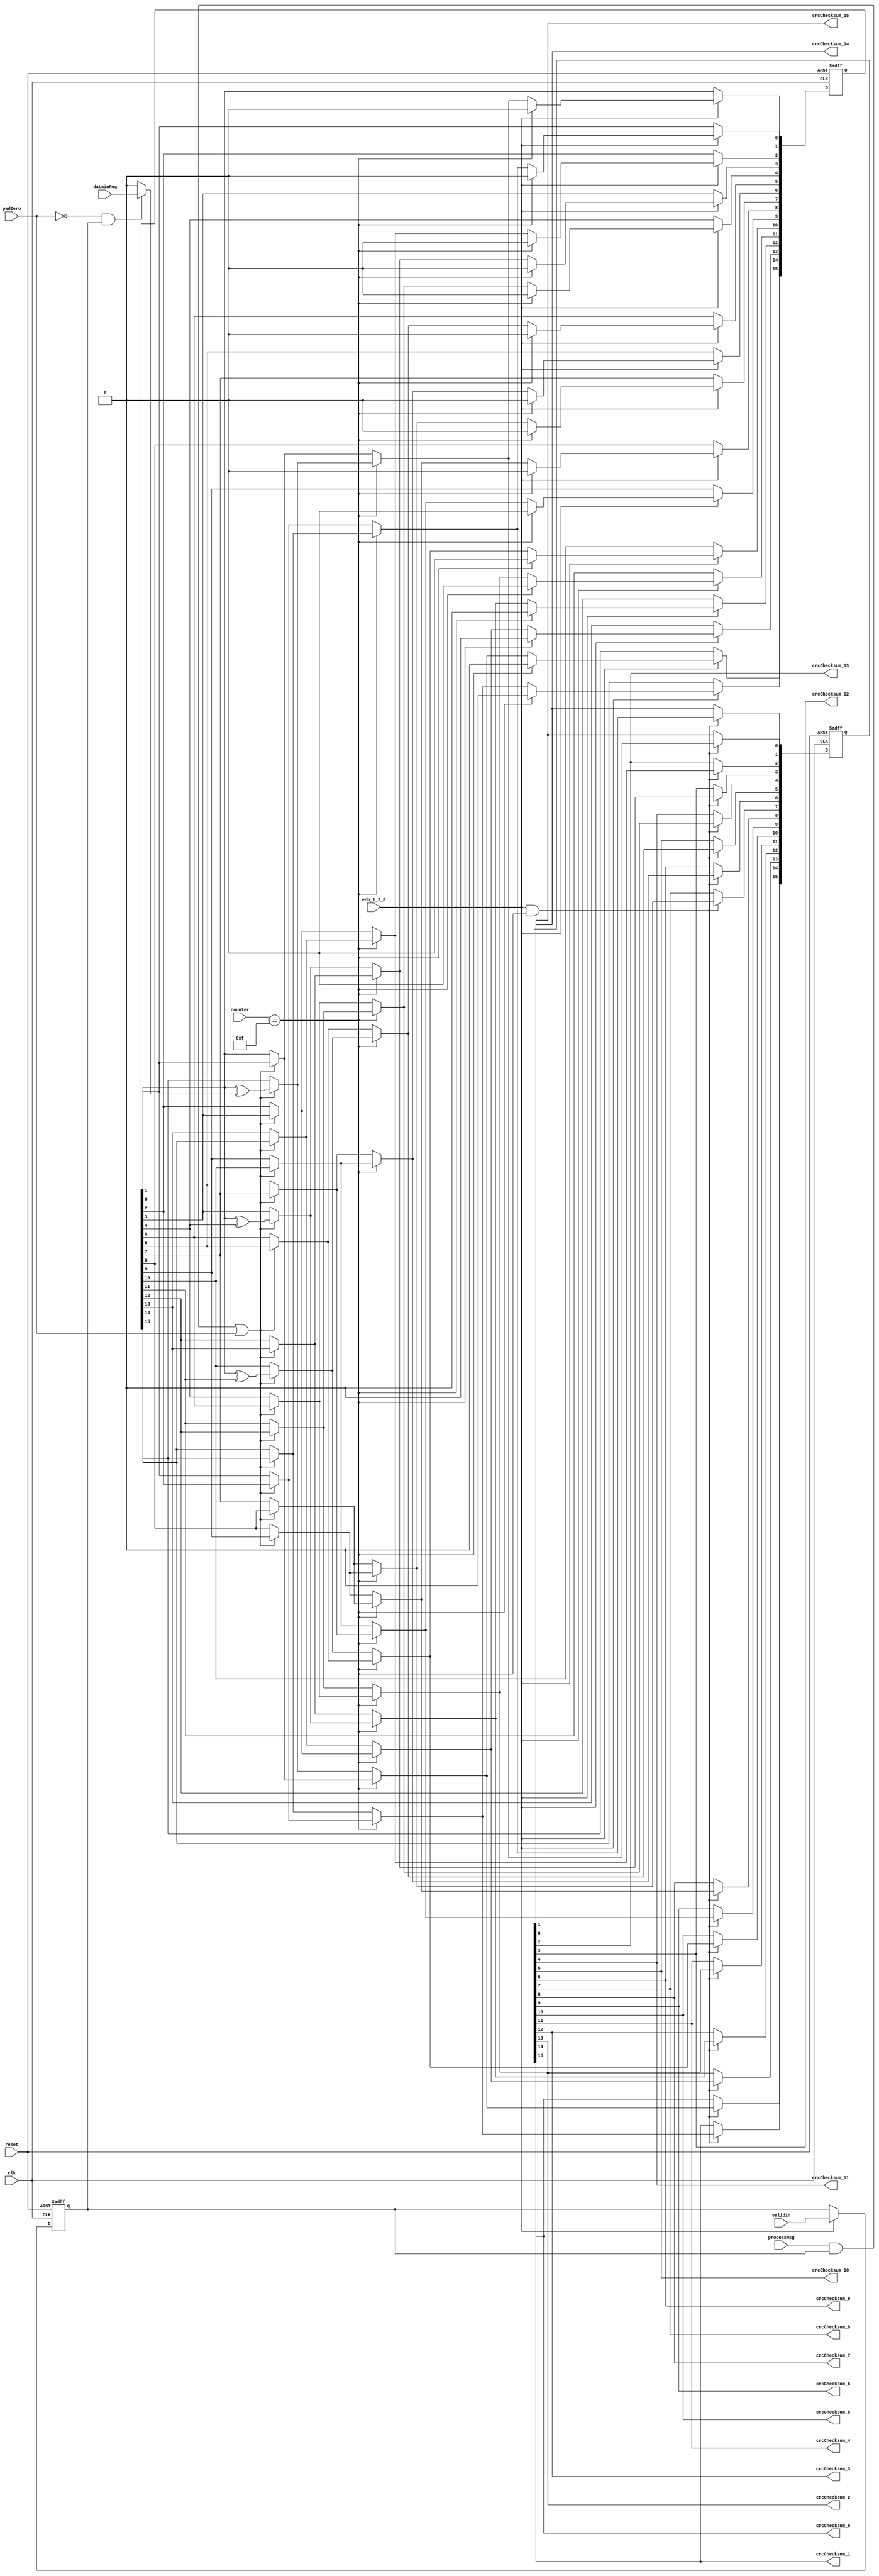
// -------------------------------------------------------------
// 
// 
// Generated by MATLAB 9.13 and HDL Coder 4.0
// 
// -------------------------------------------------------------


// -------------------------------------------------------------
// 
// Module: whdlOFDMTx_CRCGenCompute_block
// Source Path: whdlOFDMTx/Frame Generator/Header/General CRC Generator HDL Optimized/CRCGenCompute
// Hierarchy Level: 5
// 
// Compute the CRC CheckSum
// 
// -------------------------------------------------------------

`timescale 1 ns / 1 ns

module whdlOFDMTx_CRCGenCompute_block
          (clk,
           reset,
           enb_1_2_0,
           datainReg,
           validIn,
           processMsg,
           padZero,
           counter,
           crcChecksum_0,
           crcChecksum_1,
           crcChecksum_2,
           crcChecksum_3,
           crcChecksum_4,
           crcChecksum_5,
           crcChecksum_6,
           crcChecksum_7,
           crcChecksum_8,
           crcChecksum_9,
           crcChecksum_10,
           crcChecksum_11,
           crcChecksum_12,
           crcChecksum_13,
           crcChecksum_14,
           crcChecksum_15);


  input   clk;
  input   reset;
  input   enb_1_2_0;
  input   datainReg;  // ufix1
  input   validIn;  // ufix1
  input   processMsg;  // ufix1
  input   padZero;  // ufix1
  input   [3:0] counter;  // ufix4
  output  crcChecksum_0;  // ufix1
  output  crcChecksum_1;  // ufix1
  output  crcChecksum_2;  // ufix1
  output  crcChecksum_3;  // ufix1
  output  crcChecksum_4;  // ufix1
  output  crcChecksum_5;  // ufix1
  output  crcChecksum_6;  // ufix1
  output  crcChecksum_7;  // ufix1
  output  crcChecksum_8;  // ufix1
  output  crcChecksum_9;  // ufix1
  output  crcChecksum_10;  // ufix1
  output  crcChecksum_11;  // ufix1
  output  crcChecksum_12;  // ufix1
  output  crcChecksum_13;  // ufix1
  output  crcChecksum_14;  // ufix1
  output  crcChecksum_15;  // ufix1


  wire xoredSel;  // ufix1
  reg  dvalidin;  // ufix1
  wire tcsSel;  // ufix1
  wire csSel;  // ufix1
  wire rpadZero;  // ufix1
  wire dataSel;  // ufix1
  wire [0:15] padingzeros;  // ufix1 [16]
  wire [0:14] inputzeros;  // ufix1 [15]
  wire [0:15] datamux;  // ufix1 [16]
  wire [0:15] datacpt;  // ufix1 [16]
  wire datacpt_15;  // ufix1
  wire datacpt_14;  // ufix1
  wire datacpt_13;  // ufix1
  wire datacpt_12;  // ufix1
  wire datacpt_11;  // ufix1
  wire datacpt_10;  // ufix1
  wire datacpt_9;  // ufix1
  wire datacpt_8;  // ufix1
  wire datacpt_7;  // ufix1
  wire datacpt_6;  // ufix1
  wire datacpt_5;  // ufix1
  wire datacpt_4;  // ufix1
  wire datacpt_3;  // ufix1
  wire datacpt_2;  // ufix1
  wire datacpt_1;  // ufix1
  wire datacpt_0;  // ufix1
  wire [0:15] finalXorValue;  // ufix1 [16]
  wire finalXorValue_0;  // ufix1
  wire finalXorValue_1;  // ufix1
  wire finalXorValue_2;  // ufix1
  wire finalXorValue_3;  // ufix1
  wire finalXorValue_4;  // ufix1
  wire finalXorValue_5;  // ufix1
  wire finalXorValue_6;  // ufix1
  wire finalXorValue_7;  // ufix1
  wire finalXorValue_8;  // ufix1
  wire finalXorValue_9;  // ufix1
  wire finalXorValue_10;  // ufix1
  wire finalXorValue_11;  // ufix1
  wire finalXorValue_12;  // ufix1
  wire finalXorValue_13;  // ufix1
  wire finalXorValue_14;  // ufix1
  wire finalXorValue_15;  // ufix1
  wire [0:15] newChecksum;  // ufix1 [16]
  wire newChecksum_0;  // ufix1
  wire refelctCheckSum_15;  // ufix1
  wire newChecksum_1;  // ufix1
  wire refelctCheckSum_14;  // ufix1
  wire newChecksum_2;  // ufix1
  wire refelctCheckSum_13;  // ufix1
  wire newChecksum_3;  // ufix1
  wire refelctCheckSum_12;  // ufix1
  wire newChecksum_4;  // ufix1
  wire refelctCheckSum_11;  // ufix1
  wire newChecksum_5;  // ufix1
  wire refelctCheckSum_10;  // ufix1
  wire newChecksum_6;  // ufix1
  wire refelctCheckSum_9;  // ufix1
  wire newChecksum_7;  // ufix1
  wire refelctCheckSum_8;  // ufix1
  wire newChecksum_8;  // ufix1
  wire refelctCheckSum_7;  // ufix1
  wire newChecksum_9;  // ufix1
  wire refelctCheckSum_6;  // ufix1
  wire newChecksum_10;  // ufix1
  wire refelctCheckSum_5;  // ufix1
  wire newChecksum_11;  // ufix1
  wire refelctCheckSum_4;  // ufix1
  wire newChecksum_12;  // ufix1
  wire refelctCheckSum_3;  // ufix1
  wire newChecksum_13;  // ufix1
  wire refelctCheckSum_2;  // ufix1
  wire newChecksum_14;  // ufix1
  wire refelctCheckSum_1;  // ufix1
  wire newChecksum_15;  // ufix1
  wire refelctCheckSum_0;  // ufix1
  wire [0:15] xoredChecksum;  // ufix1 [16]
  reg  [0:15] checksumReg;  // ufix1 [16]
  wire checksumReg_14;  // ufix1
  wire tcs_entry15;  // ufix1
  wire checksumReg_13;  // ufix1
  wire tcs_entry14;  // ufix1
  wire checksumReg_12;  // ufix1
  wire tcs_entry13;  // ufix1
  wire checksumReg_11;  // ufix1
  wire checksumReg_15;  // ufix1
  wire tcs_entry12;  // ufix1
  wire checksumReg_10;  // ufix1
  wire tcs_entry11;  // ufix1
  wire checksumReg_9;  // ufix1
  wire tcs_entry10;  // ufix1
  wire checksumReg_8;  // ufix1
  wire tcs_entry9;  // ufix1
  wire checksumReg_7;  // ufix1
  wire tcs_entry8;  // ufix1
  wire checksumReg_6;  // ufix1
  wire tcs_entry7;  // ufix1
  wire checksumReg_5;  // ufix1
  wire tcs_entry6;  // ufix1
  wire checksumReg_4;  // ufix1
  wire tcs_entry5;  // ufix1
  wire checksumReg_3;  // ufix1
  wire tcs_entry4;  // ufix1
  wire checksumReg_2;  // ufix1
  wire tcs_entry3;  // ufix1
  wire checksumReg_1;  // ufix1
  wire tcs_entry2;  // ufix1
  wire checksumReg_0;  // ufix1
  wire tcs_entry1;  // ufix1
  wire tcs_entry0;  // ufix1
  wire [0:15] tchecksum;  // ufix1 [16]
  wire [0:15] finalChecksum;  // ufix1 [16]
  reg  [0:15] crcChecksum;  // ufix1 [16]


  assign xoredSel = counter == 4'b1111;



  always @(posedge clk or posedge reset)
    begin : validin_register_process
      if (reset == 1'b1) begin
        dvalidin <= 1'b0;
      end
      else begin
        if (enb_1_2_0) begin
          dvalidin <= validIn;
        end
      end
    end



  assign tcsSel = processMsg & dvalidin;



  assign csSel = tcsSel | padZero;



  assign rpadZero =  ~ padZero;



  // Selection signal: Select input data or pad zeros
  assign dataSel = rpadZero & dvalidin;



  // Padding zeros
  assign padingzeros[0] = 1'b0;
  assign padingzeros[1] = 1'b0;
  assign padingzeros[2] = 1'b0;
  assign padingzeros[3] = 1'b0;
  assign padingzeros[4] = 1'b0;
  assign padingzeros[5] = 1'b0;
  assign padingzeros[6] = 1'b0;
  assign padingzeros[7] = 1'b0;
  assign padingzeros[8] = 1'b0;
  assign padingzeros[9] = 1'b0;
  assign padingzeros[10] = 1'b0;
  assign padingzeros[11] = 1'b0;
  assign padingzeros[12] = 1'b0;
  assign padingzeros[13] = 1'b0;
  assign padingzeros[14] = 1'b0;
  assign padingzeros[15] = 1'b0;



  assign inputzeros[0] = 1'b0;
  assign inputzeros[1] = 1'b0;
  assign inputzeros[2] = 1'b0;
  assign inputzeros[3] = 1'b0;
  assign inputzeros[4] = 1'b0;
  assign inputzeros[5] = 1'b0;
  assign inputzeros[6] = 1'b0;
  assign inputzeros[7] = 1'b0;
  assign inputzeros[8] = 1'b0;
  assign inputzeros[9] = 1'b0;
  assign inputzeros[10] = 1'b0;
  assign inputzeros[11] = 1'b0;
  assign inputzeros[12] = 1'b0;
  assign inputzeros[13] = 1'b0;
  assign inputzeros[14] = 1'b0;



  // Prepare inputs for parallel CRC computation
  assign datamux[0] = inputzeros[0];
  assign datamux[1] = inputzeros[1];
  assign datamux[2] = inputzeros[2];
  assign datamux[3] = inputzeros[3];
  assign datamux[4] = inputzeros[4];
  assign datamux[5] = inputzeros[5];
  assign datamux[6] = inputzeros[6];
  assign datamux[7] = inputzeros[7];
  assign datamux[8] = inputzeros[8];
  assign datamux[9] = inputzeros[9];
  assign datamux[10] = inputzeros[10];
  assign datamux[11] = inputzeros[11];
  assign datamux[12] = inputzeros[12];
  assign datamux[13] = inputzeros[13];
  assign datamux[14] = inputzeros[14];
  assign datamux[15] = datainReg;

  // Switch between input data and padded zeros
  assign datacpt[0] = (dataSel == 1'b0 ? padingzeros[0] :
              datamux[0]);
  assign datacpt[1] = (dataSel == 1'b0 ? padingzeros[1] :
              datamux[1]);
  assign datacpt[2] = (dataSel == 1'b0 ? padingzeros[2] :
              datamux[2]);
  assign datacpt[3] = (dataSel == 1'b0 ? padingzeros[3] :
              datamux[3]);
  assign datacpt[4] = (dataSel == 1'b0 ? padingzeros[4] :
              datamux[4]);
  assign datacpt[5] = (dataSel == 1'b0 ? padingzeros[5] :
              datamux[5]);
  assign datacpt[6] = (dataSel == 1'b0 ? padingzeros[6] :
              datamux[6]);
  assign datacpt[7] = (dataSel == 1'b0 ? padingzeros[7] :
              datamux[7]);
  assign datacpt[8] = (dataSel == 1'b0 ? padingzeros[8] :
              datamux[8]);
  assign datacpt[9] = (dataSel == 1'b0 ? padingzeros[9] :
              datamux[9]);
  assign datacpt[10] = (dataSel == 1'b0 ? padingzeros[10] :
              datamux[10]);
  assign datacpt[11] = (dataSel == 1'b0 ? padingzeros[11] :
              datamux[11]);
  assign datacpt[12] = (dataSel == 1'b0 ? padingzeros[12] :
              datamux[12]);
  assign datacpt[13] = (dataSel == 1'b0 ? padingzeros[13] :
              datamux[13]);
  assign datacpt[14] = (dataSel == 1'b0 ? padingzeros[14] :
              datamux[14]);
  assign datacpt[15] = (dataSel == 1'b0 ? padingzeros[15] :
              datamux[15]);



  assign datacpt_15 = datacpt[15];

  assign datacpt_14 = datacpt[14];

  assign datacpt_13 = datacpt[13];

  assign datacpt_12 = datacpt[12];

  assign datacpt_11 = datacpt[11];

  assign datacpt_10 = datacpt[10];

  assign datacpt_9 = datacpt[9];

  assign datacpt_8 = datacpt[8];

  assign datacpt_7 = datacpt[7];

  assign datacpt_6 = datacpt[6];

  assign datacpt_5 = datacpt[5];

  assign datacpt_4 = datacpt[4];

  assign datacpt_3 = datacpt[3];

  assign datacpt_2 = datacpt[2];

  assign datacpt_1 = datacpt[1];

  assign datacpt_0 = datacpt[0];

  // Compute finalXor
  assign finalXorValue[0] = 1'b0;
  assign finalXorValue[1] = 1'b0;
  assign finalXorValue[2] = 1'b0;
  assign finalXorValue[3] = 1'b0;
  assign finalXorValue[4] = 1'b0;
  assign finalXorValue[5] = 1'b0;
  assign finalXorValue[6] = 1'b0;
  assign finalXorValue[7] = 1'b0;
  assign finalXorValue[8] = 1'b0;
  assign finalXorValue[9] = 1'b0;
  assign finalXorValue[10] = 1'b0;
  assign finalXorValue[11] = 1'b0;
  assign finalXorValue[12] = 1'b0;
  assign finalXorValue[13] = 1'b0;
  assign finalXorValue[14] = 1'b0;
  assign finalXorValue[15] = 1'b0;



  assign finalXorValue_0 = finalXorValue[0];

  assign finalXorValue_1 = finalXorValue[1];

  assign finalXorValue_2 = finalXorValue[2];

  assign finalXorValue_3 = finalXorValue[3];

  assign finalXorValue_4 = finalXorValue[4];

  assign finalXorValue_5 = finalXorValue[5];

  assign finalXorValue_6 = finalXorValue[6];

  assign finalXorValue_7 = finalXorValue[7];

  assign finalXorValue_8 = finalXorValue[8];

  assign finalXorValue_9 = finalXorValue[9];

  assign finalXorValue_10 = finalXorValue[10];

  assign finalXorValue_11 = finalXorValue[11];

  assign finalXorValue_12 = finalXorValue[12];

  assign finalXorValue_13 = finalXorValue[13];

  assign finalXorValue_14 = finalXorValue[14];

  assign finalXorValue_15 = finalXorValue[15];

  assign newChecksum_0 = newChecksum[0];

  assign refelctCheckSum_15 = newChecksum_0 ^ finalXorValue_15;



  assign newChecksum_1 = newChecksum[1];

  assign refelctCheckSum_14 = newChecksum_1 ^ finalXorValue_14;



  assign newChecksum_2 = newChecksum[2];

  assign refelctCheckSum_13 = newChecksum_2 ^ finalXorValue_13;



  assign newChecksum_3 = newChecksum[3];

  assign refelctCheckSum_12 = newChecksum_3 ^ finalXorValue_12;



  assign newChecksum_4 = newChecksum[4];

  assign refelctCheckSum_11 = newChecksum_4 ^ finalXorValue_11;



  assign newChecksum_5 = newChecksum[5];

  assign refelctCheckSum_10 = newChecksum_5 ^ finalXorValue_10;



  assign newChecksum_6 = newChecksum[6];

  assign refelctCheckSum_9 = newChecksum_6 ^ finalXorValue_9;



  assign newChecksum_7 = newChecksum[7];

  assign refelctCheckSum_8 = newChecksum_7 ^ finalXorValue_8;



  assign newChecksum_8 = newChecksum[8];

  assign refelctCheckSum_7 = newChecksum_8 ^ finalXorValue_7;



  assign newChecksum_9 = newChecksum[9];

  assign refelctCheckSum_6 = newChecksum_9 ^ finalXorValue_6;



  assign newChecksum_10 = newChecksum[10];

  assign refelctCheckSum_5 = newChecksum_10 ^ finalXorValue_5;



  assign newChecksum_11 = newChecksum[11];

  assign refelctCheckSum_4 = newChecksum_11 ^ finalXorValue_4;



  assign newChecksum_12 = newChecksum[12];

  assign refelctCheckSum_3 = newChecksum_12 ^ finalXorValue_3;



  assign newChecksum_13 = newChecksum[13];

  assign refelctCheckSum_2 = newChecksum_13 ^ finalXorValue_2;



  assign newChecksum_14 = newChecksum[14];

  assign refelctCheckSum_1 = newChecksum_14 ^ finalXorValue_1;



  // Reflect Checksum and make checksum LSB first
  assign newChecksum_15 = newChecksum[15];

  assign refelctCheckSum_0 = newChecksum_15 ^ finalXorValue_0;



  assign xoredChecksum[0] = refelctCheckSum_0;
  assign xoredChecksum[1] = refelctCheckSum_1;
  assign xoredChecksum[2] = refelctCheckSum_2;
  assign xoredChecksum[3] = refelctCheckSum_3;
  assign xoredChecksum[4] = refelctCheckSum_4;
  assign xoredChecksum[5] = refelctCheckSum_5;
  assign xoredChecksum[6] = refelctCheckSum_6;
  assign xoredChecksum[7] = refelctCheckSum_7;
  assign xoredChecksum[8] = refelctCheckSum_8;
  assign xoredChecksum[9] = refelctCheckSum_9;
  assign xoredChecksum[10] = refelctCheckSum_10;
  assign xoredChecksum[11] = refelctCheckSum_11;
  assign xoredChecksum[12] = refelctCheckSum_12;
  assign xoredChecksum[13] = refelctCheckSum_13;
  assign xoredChecksum[14] = refelctCheckSum_14;
  assign xoredChecksum[15] = refelctCheckSum_15;

  assign checksumReg_14 = checksumReg[14];

  // Compute checksum element16
  assign tcs_entry15 = checksumReg_14 ^ datacpt_0;



  assign checksumReg_13 = checksumReg[13];

  // Compute checksum element15
  assign tcs_entry14 = checksumReg_13 ^ datacpt_1;



  assign checksumReg_12 = checksumReg[12];

  // Compute checksum element14
  assign tcs_entry13 = checksumReg_12 ^ datacpt_2;



  assign checksumReg_11 = checksumReg[11];

  // Compute checksum element13
  assign tcs_entry12 = datacpt_3 ^ (checksumReg_15 ^ checksumReg_11);



  assign checksumReg_10 = checksumReg[10];

  // Compute checksum element12
  assign tcs_entry11 = checksumReg_10 ^ datacpt_4;



  assign checksumReg_9 = checksumReg[9];

  // Compute checksum element11
  assign tcs_entry10 = checksumReg_9 ^ datacpt_5;



  assign checksumReg_8 = checksumReg[8];

  // Compute checksum element10
  assign tcs_entry9 = checksumReg_8 ^ datacpt_6;



  assign checksumReg_7 = checksumReg[7];

  // Compute checksum element9
  assign tcs_entry8 = checksumReg_7 ^ datacpt_7;



  assign checksumReg_6 = checksumReg[6];

  // Compute checksum element8
  assign tcs_entry7 = checksumReg_6 ^ datacpt_8;



  assign checksumReg_5 = checksumReg[5];

  // Compute checksum element7
  assign tcs_entry6 = checksumReg_5 ^ datacpt_9;



  assign checksumReg_4 = checksumReg[4];

  // Compute checksum element6
  assign tcs_entry5 = datacpt_10 ^ (checksumReg_15 ^ checksumReg_4);



  assign checksumReg_3 = checksumReg[3];

  // Compute checksum element5
  assign tcs_entry4 = checksumReg_3 ^ datacpt_11;



  assign checksumReg_2 = checksumReg[2];

  // Compute checksum element4
  assign tcs_entry3 = checksumReg_2 ^ datacpt_12;



  assign checksumReg_1 = checksumReg[1];

  // Compute checksum element3
  assign tcs_entry2 = checksumReg_1 ^ datacpt_13;



  assign checksumReg_0 = checksumReg[0];

  // Compute checksum element2
  assign tcs_entry1 = checksumReg_0 ^ datacpt_14;



  assign checksumReg_15 = checksumReg[15];

  // Compute checksum element1
  // Checksum selection signal
  assign tcs_entry0 = checksumReg_15 ^ datacpt_15;



  assign tchecksum[0] = tcs_entry0;
  assign tchecksum[1] = tcs_entry1;
  assign tchecksum[2] = tcs_entry2;
  assign tchecksum[3] = tcs_entry3;
  assign tchecksum[4] = tcs_entry4;
  assign tchecksum[5] = tcs_entry5;
  assign tchecksum[6] = tcs_entry6;
  assign tchecksum[7] = tcs_entry7;
  assign tchecksum[8] = tcs_entry8;
  assign tchecksum[9] = tcs_entry9;
  assign tchecksum[10] = tcs_entry10;
  assign tchecksum[11] = tcs_entry11;
  assign tchecksum[12] = tcs_entry12;
  assign tchecksum[13] = tcs_entry13;
  assign tchecksum[14] = tcs_entry14;
  assign tchecksum[15] = tcs_entry15;

  always @(posedge clk or posedge reset)
    begin : checksum_register_process
      if (reset == 1'b1) begin
        checksumReg[0] <= 1'b0;
        checksumReg[1] <= 1'b0;
        checksumReg[2] <= 1'b0;
        checksumReg[3] <= 1'b0;
        checksumReg[4] <= 1'b0;
        checksumReg[5] <= 1'b0;
        checksumReg[6] <= 1'b0;
        checksumReg[7] <= 1'b0;
        checksumReg[8] <= 1'b0;
        checksumReg[9] <= 1'b0;
        checksumReg[10] <= 1'b0;
        checksumReg[11] <= 1'b0;
        checksumReg[12] <= 1'b0;
        checksumReg[13] <= 1'b0;
        checksumReg[14] <= 1'b0;
        checksumReg[15] <= 1'b0;
      end
      else begin
        if (enb_1_2_0) begin
          if (xoredSel == 1'b1) begin
            checksumReg[0] <= 1'b0;
            checksumReg[1] <= 1'b0;
            checksumReg[2] <= 1'b0;
            checksumReg[3] <= 1'b0;
            checksumReg[4] <= 1'b0;
            checksumReg[5] <= 1'b0;
            checksumReg[6] <= 1'b0;
            checksumReg[7] <= 1'b0;
            checksumReg[8] <= 1'b0;
            checksumReg[9] <= 1'b0;
            checksumReg[10] <= 1'b0;
            checksumReg[11] <= 1'b0;
            checksumReg[12] <= 1'b0;
            checksumReg[13] <= 1'b0;
            checksumReg[14] <= 1'b0;
            checksumReg[15] <= 1'b0;
          end
          else begin
            checksumReg[0] <= finalChecksum[0];
            checksumReg[1] <= finalChecksum[1];
            checksumReg[2] <= finalChecksum[2];
            checksumReg[3] <= finalChecksum[3];
            checksumReg[4] <= finalChecksum[4];
            checksumReg[5] <= finalChecksum[5];
            checksumReg[6] <= finalChecksum[6];
            checksumReg[7] <= finalChecksum[7];
            checksumReg[8] <= finalChecksum[8];
            checksumReg[9] <= finalChecksum[9];
            checksumReg[10] <= finalChecksum[10];
            checksumReg[11] <= finalChecksum[11];
            checksumReg[12] <= finalChecksum[12];
            checksumReg[13] <= finalChecksum[13];
            checksumReg[14] <= finalChecksum[14];
            checksumReg[15] <= finalChecksum[15];
          end
        end
      end
    end



  // Update checksum register for valid inputs
  assign newChecksum[0] = (csSel == 1'b0 ? checksumReg[0] :
              tchecksum[0]);
  assign newChecksum[1] = (csSel == 1'b0 ? checksumReg[1] :
              tchecksum[1]);
  assign newChecksum[2] = (csSel == 1'b0 ? checksumReg[2] :
              tchecksum[2]);
  assign newChecksum[3] = (csSel == 1'b0 ? checksumReg[3] :
              tchecksum[3]);
  assign newChecksum[4] = (csSel == 1'b0 ? checksumReg[4] :
              tchecksum[4]);
  assign newChecksum[5] = (csSel == 1'b0 ? checksumReg[5] :
              tchecksum[5]);
  assign newChecksum[6] = (csSel == 1'b0 ? checksumReg[6] :
              tchecksum[6]);
  assign newChecksum[7] = (csSel == 1'b0 ? checksumReg[7] :
              tchecksum[7]);
  assign newChecksum[8] = (csSel == 1'b0 ? checksumReg[8] :
              tchecksum[8]);
  assign newChecksum[9] = (csSel == 1'b0 ? checksumReg[9] :
              tchecksum[9]);
  assign newChecksum[10] = (csSel == 1'b0 ? checksumReg[10] :
              tchecksum[10]);
  assign newChecksum[11] = (csSel == 1'b0 ? checksumReg[11] :
              tchecksum[11]);
  assign newChecksum[12] = (csSel == 1'b0 ? checksumReg[12] :
              tchecksum[12]);
  assign newChecksum[13] = (csSel == 1'b0 ? checksumReg[13] :
              tchecksum[13]);
  assign newChecksum[14] = (csSel == 1'b0 ? checksumReg[14] :
              tchecksum[14]);
  assign newChecksum[15] = (csSel == 1'b0 ? checksumReg[15] :
              tchecksum[15]);



  // Xor after computing the checksum
  assign finalChecksum[0] = (xoredSel == 1'b0 ? newChecksum[0] :
              xoredChecksum[0]);
  assign finalChecksum[1] = (xoredSel == 1'b0 ? newChecksum[1] :
              xoredChecksum[1]);
  assign finalChecksum[2] = (xoredSel == 1'b0 ? newChecksum[2] :
              xoredChecksum[2]);
  assign finalChecksum[3] = (xoredSel == 1'b0 ? newChecksum[3] :
              xoredChecksum[3]);
  assign finalChecksum[4] = (xoredSel == 1'b0 ? newChecksum[4] :
              xoredChecksum[4]);
  assign finalChecksum[5] = (xoredSel == 1'b0 ? newChecksum[5] :
              xoredChecksum[5]);
  assign finalChecksum[6] = (xoredSel == 1'b0 ? newChecksum[6] :
              xoredChecksum[6]);
  assign finalChecksum[7] = (xoredSel == 1'b0 ? newChecksum[7] :
              xoredChecksum[7]);
  assign finalChecksum[8] = (xoredSel == 1'b0 ? newChecksum[8] :
              xoredChecksum[8]);
  assign finalChecksum[9] = (xoredSel == 1'b0 ? newChecksum[9] :
              xoredChecksum[9]);
  assign finalChecksum[10] = (xoredSel == 1'b0 ? newChecksum[10] :
              xoredChecksum[10]);
  assign finalChecksum[11] = (xoredSel == 1'b0 ? newChecksum[11] :
              xoredChecksum[11]);
  assign finalChecksum[12] = (xoredSel == 1'b0 ? newChecksum[12] :
              xoredChecksum[12]);
  assign finalChecksum[13] = (xoredSel == 1'b0 ? newChecksum[13] :
              xoredChecksum[13]);
  assign finalChecksum[14] = (xoredSel == 1'b0 ? newChecksum[14] :
              xoredChecksum[14]);
  assign finalChecksum[15] = (xoredSel == 1'b0 ? newChecksum[15] :
              xoredChecksum[15]);



  // 1
  always @(posedge clk or posedge reset)
    begin : outputchecksum_register_process
      if (reset == 1'b1) begin
        crcChecksum[0] <= 1'b0;
        crcChecksum[1] <= 1'b0;
        crcChecksum[2] <= 1'b0;
        crcChecksum[3] <= 1'b0;
        crcChecksum[4] <= 1'b0;
        crcChecksum[5] <= 1'b0;
        crcChecksum[6] <= 1'b0;
        crcChecksum[7] <= 1'b0;
        crcChecksum[8] <= 1'b0;
        crcChecksum[9] <= 1'b0;
        crcChecksum[10] <= 1'b0;
        crcChecksum[11] <= 1'b0;
        crcChecksum[12] <= 1'b0;
        crcChecksum[13] <= 1'b0;
        crcChecksum[14] <= 1'b0;
        crcChecksum[15] <= 1'b0;
      end
      else begin
        if (enb_1_2_0 && xoredSel) begin
          crcChecksum[0] <= finalChecksum[0];
          crcChecksum[1] <= finalChecksum[1];
          crcChecksum[2] <= finalChecksum[2];
          crcChecksum[3] <= finalChecksum[3];
          crcChecksum[4] <= finalChecksum[4];
          crcChecksum[5] <= finalChecksum[5];
          crcChecksum[6] <= finalChecksum[6];
          crcChecksum[7] <= finalChecksum[7];
          crcChecksum[8] <= finalChecksum[8];
          crcChecksum[9] <= finalChecksum[9];
          crcChecksum[10] <= finalChecksum[10];
          crcChecksum[11] <= finalChecksum[11];
          crcChecksum[12] <= finalChecksum[12];
          crcChecksum[13] <= finalChecksum[13];
          crcChecksum[14] <= finalChecksum[14];
          crcChecksum[15] <= finalChecksum[15];
        end
      end
    end



  assign crcChecksum_0 = crcChecksum[0];

  assign crcChecksum_1 = crcChecksum[1];

  assign crcChecksum_2 = crcChecksum[2];

  assign crcChecksum_3 = crcChecksum[3];

  assign crcChecksum_4 = crcChecksum[4];

  assign crcChecksum_5 = crcChecksum[5];

  assign crcChecksum_6 = crcChecksum[6];

  assign crcChecksum_7 = crcChecksum[7];

  assign crcChecksum_8 = crcChecksum[8];

  assign crcChecksum_9 = crcChecksum[9];

  assign crcChecksum_10 = crcChecksum[10];

  assign crcChecksum_11 = crcChecksum[11];

  assign crcChecksum_12 = crcChecksum[12];

  assign crcChecksum_13 = crcChecksum[13];

  assign crcChecksum_14 = crcChecksum[14];

  assign crcChecksum_15 = crcChecksum[15];

endmodule  // whdlOFDMTx_CRCGenCompute_block